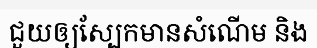
ជួយឲ្យស្បែកមានសំណើម និង